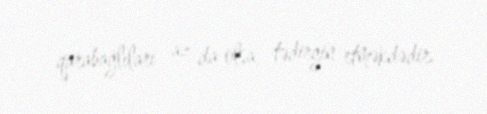
qarabağlıları az da olsa, tədirgin etməkdədir.